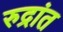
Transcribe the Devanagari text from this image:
रुद्रांत